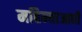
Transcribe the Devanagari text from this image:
महिन्याआधी